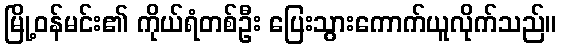
မြို့ဝန်မင်း၏ ကိုယ်ရံတစ်ဦး ပြေးသွားကောက်ယူလိုက်သည်။